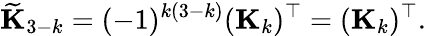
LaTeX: \widetilde{\mathbf K}_{3-k}=(-1)^{k(3-k)}({\mathbf K}_{k})^{\top}=({\mathbf K}_{k})^{\top}.